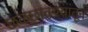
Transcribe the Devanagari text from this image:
छळछावण्यांतून